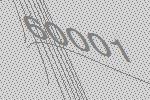
60001